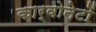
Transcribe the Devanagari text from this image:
कार्वोनेटों